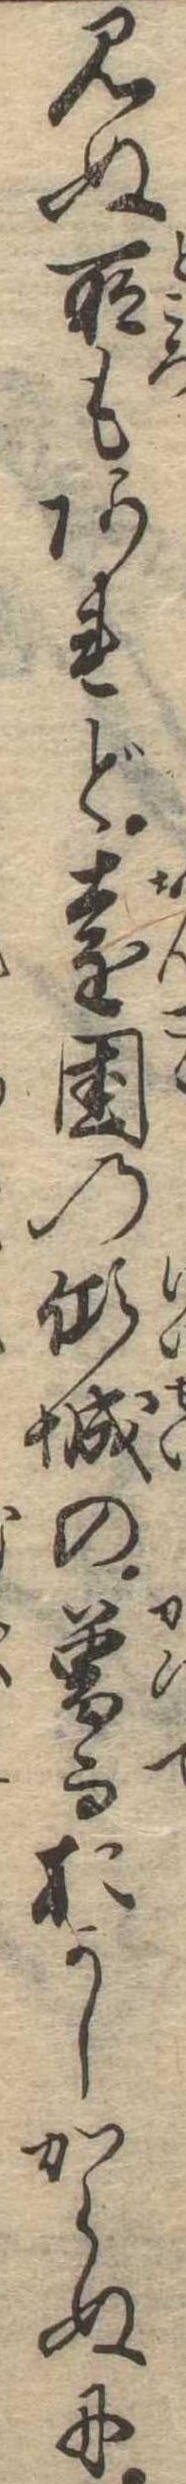
見ぬ所もあれど遠国の傾城の曽而おかしからぬに